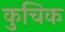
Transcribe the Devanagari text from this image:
कुचिक